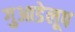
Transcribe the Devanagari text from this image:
गुआडेलूप